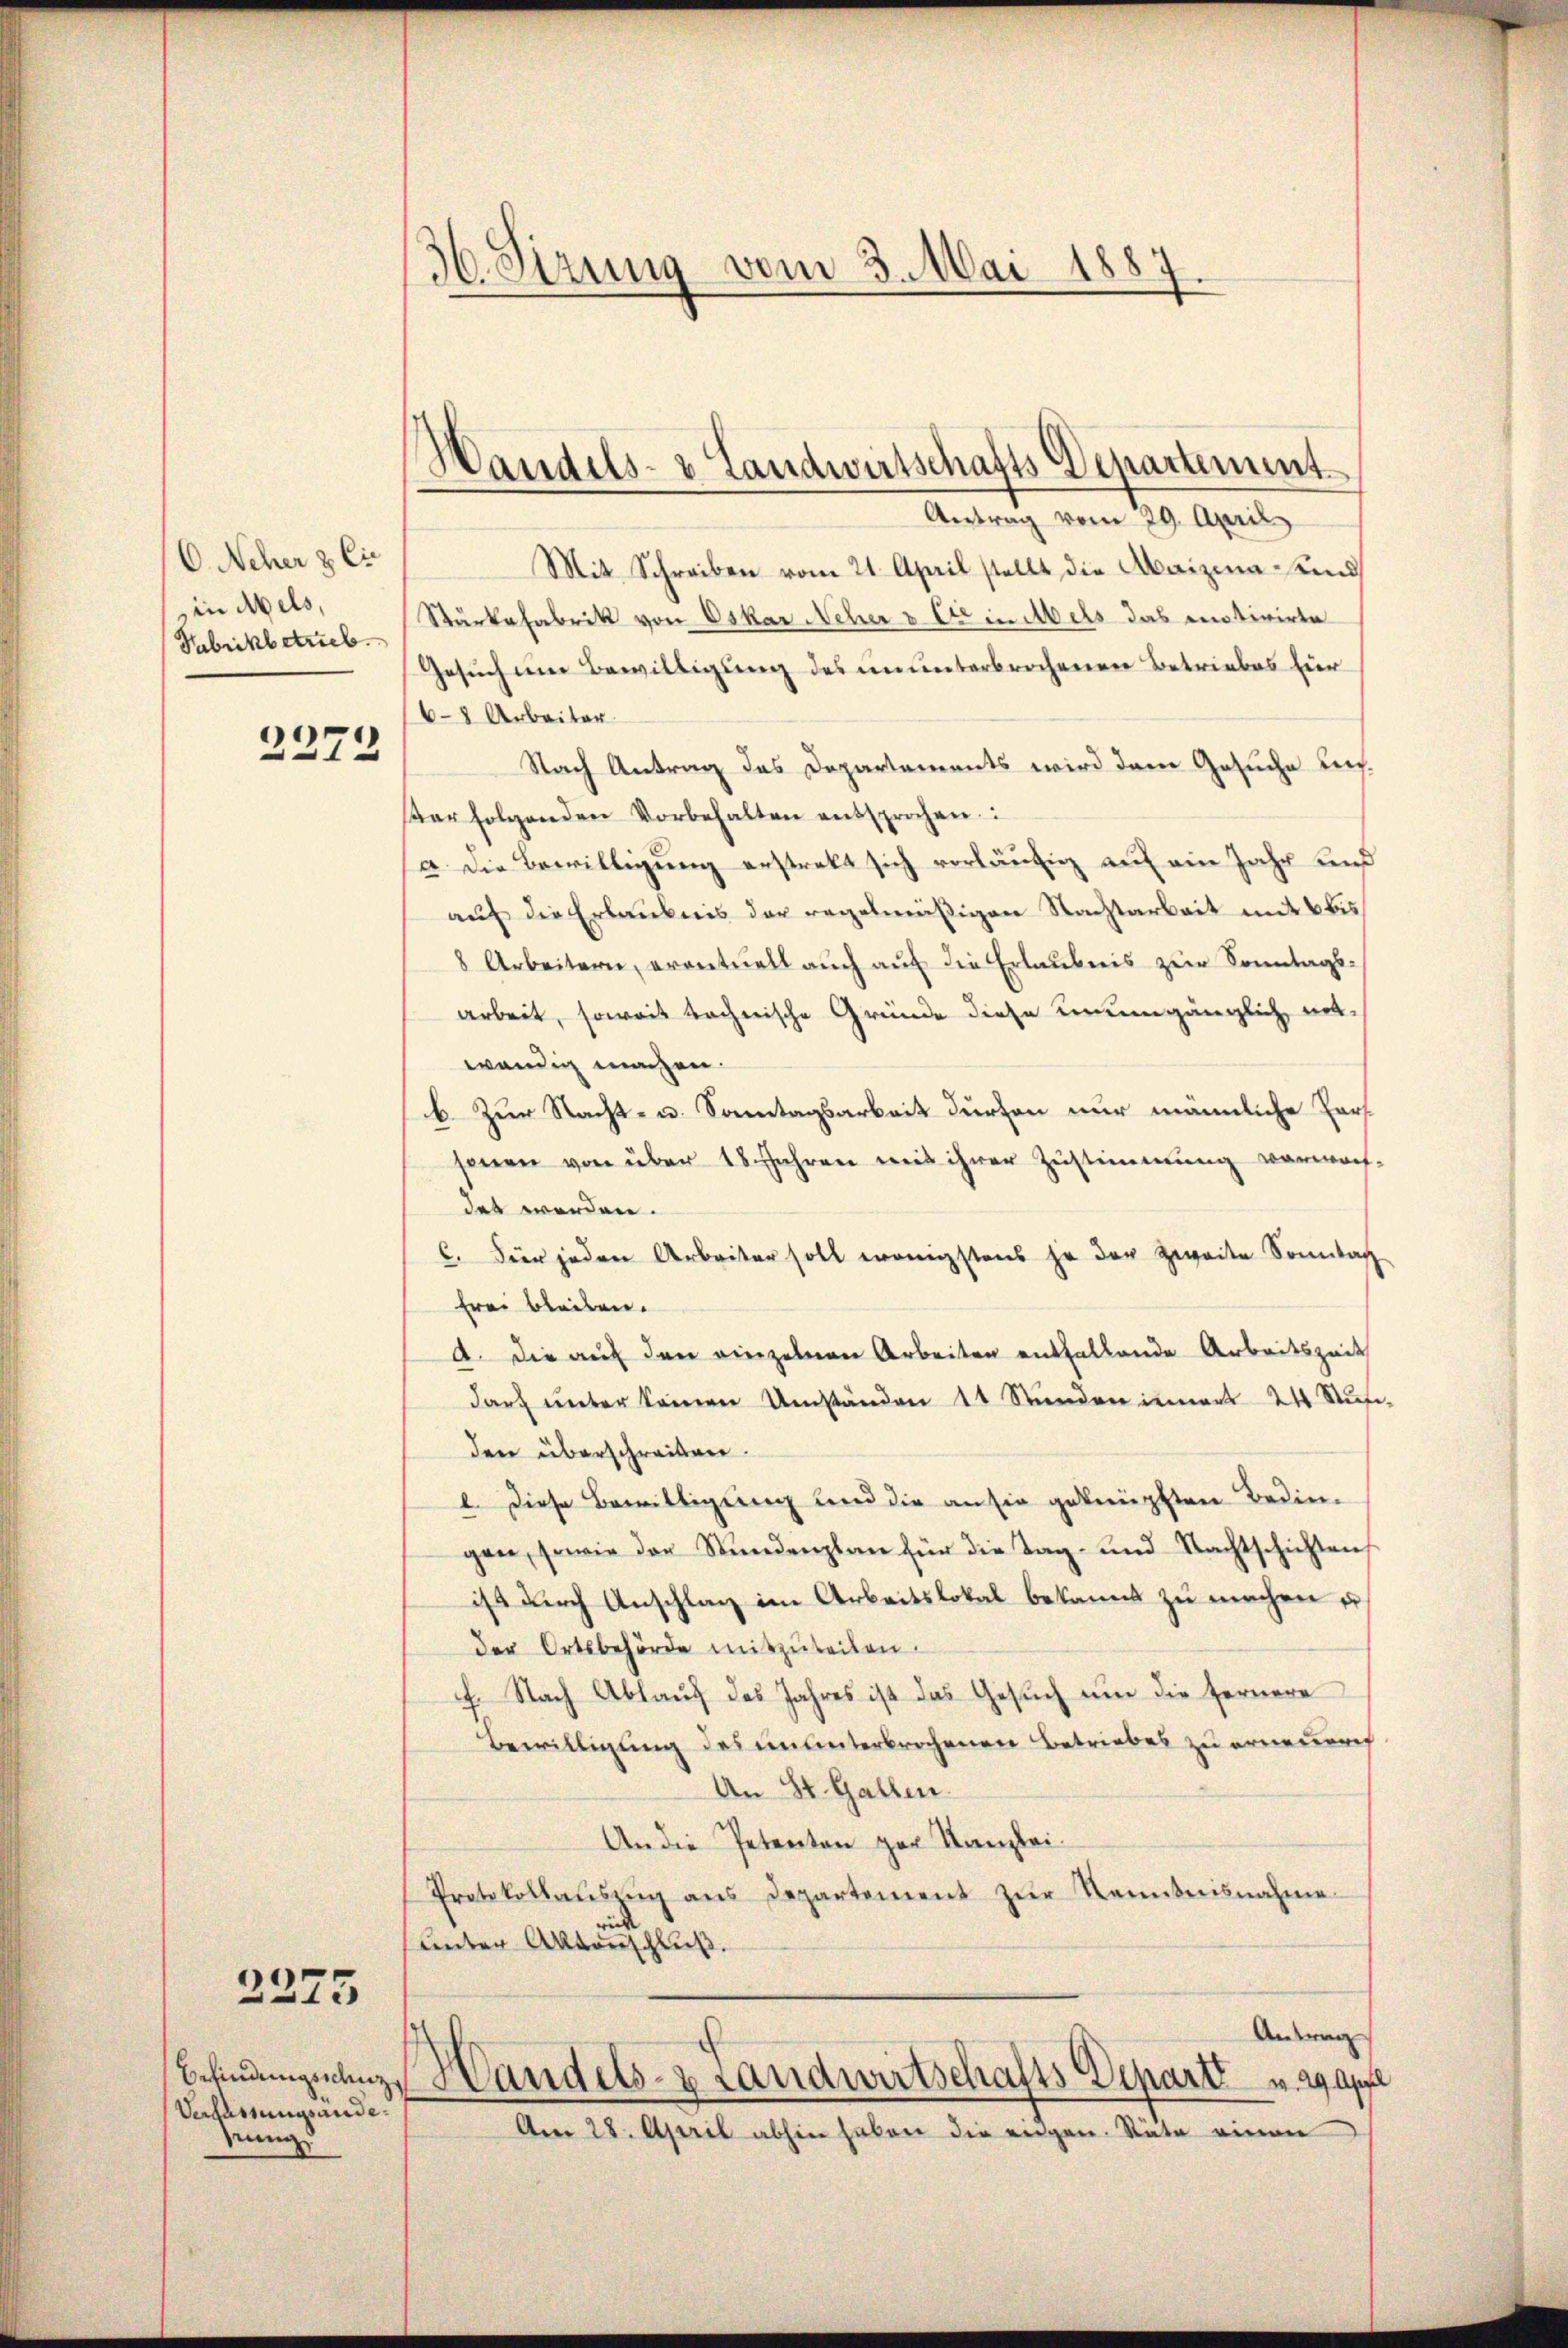
O. Neher & Cie
in Wels,
Habrikbetrieb.

2373

2275

Verfassungsandeeing

36. Sizung vom 3. Mai 1887.

Handels- & Landwirtschafts Departement
Antrag vom 29. April

Mit Schreiben vom 21. April stellt die Maizena und
Stärkefabrik von Oskar Neher v. Ete in Mels das motivirte
Gesuch um Bewilligung des ununterbrochenen Betriebes für
6-8 Arbeiter
Nach Antrag das Departements wird dem Gesuche unar folgenden Vorbehalten entsprochen.
a. Die Bewilligung erstrakt sich vorläufig auf ein Jahr und
auf die Erlaubnis der regelmäßigen Nachtarbeit mit 6 bis
8 Arbeitern, eventuell auch auf die Erlaubnis zur Sonntags-
arbeit, soweit rechnische Gründe diese neuengänglich mit-
wendig machen.
b. Zur Nacht- u. Sonntagsarbeit dürfen nur männliche Forssenen von über 18. Jahren mit ihrer Zustimmung verwach-
des werden.
C. Für jeden Arbeiter soll wenigstens ja der Zweite Sonntag
frei bleiben.
A. die auf den einzelnen Arbeiten entfallende Arbeitszeit
darf unter keinen Umständen 11 Stunden innert 24 Stufe,
den überschreiben.
2. Diese Bewilligung und die an sie geknüpften Bedingen, sowie der Stundenplan für die Tag- und Nachtschichten
ist durch Anschlag im Arbeitslokal bekannt zu machen u.
der Ortsbehörde mitzuteilen.
f. Nach Ablaŭf des Jahres ist das Gesŭch ŭm die fernere
Bewilligung des ununterbrochenen Betriebes zu erneurich
An St. Gallen.
An die Petenten zur Kanzlei¬
Protokollaŭsŭng ans Departement zŭr Kenntnisnahme.
d
ŭnter Aktenschluß.
Antrag
Befindungsanze Handels- & Landwirtschafts Depart v. 29. Appl
Am 28. April abhin haben die eigen. Räte einen